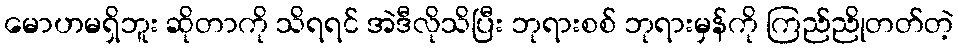
မောဟမရှိဘူး ဆိုတာကို သိရရင် အဲဒီလိုသိပြီး ဘုရားစစ် ဘုရားမှန်ကို ကြည်ညိုတတ်တဲ့